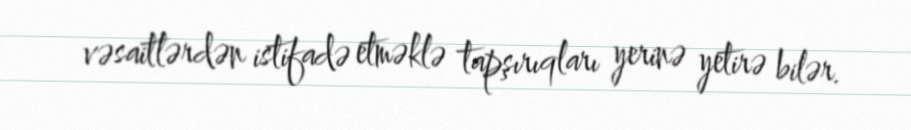
vəsaitlərdən istifadə etməklə tapşırıqları yerinə yetirə bilər.